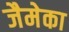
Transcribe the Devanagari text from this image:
जैमेका